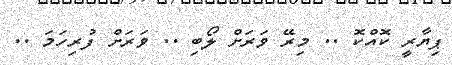
ޕިޔާރީ ކޮއްކޮ .. މިރޭ ވަރަށް ލޯބި .. ވަރަށް ފުރިހަމަ ..